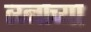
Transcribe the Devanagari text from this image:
त्य्नाच्या